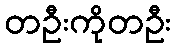
တဦးကိုတဦး